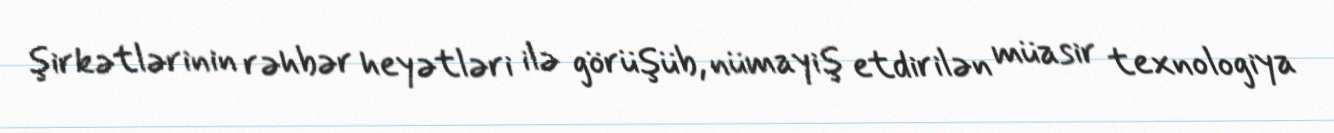
şirkətlərinin rəhbər heyətləri ilə görüşüb, nümayiş etdirilən müasir texnologiya